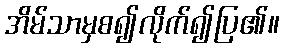
အိမ်သာမှစ၍လိုက်၍ပြ၏။